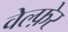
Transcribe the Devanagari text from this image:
वेल्फ़ेर